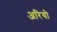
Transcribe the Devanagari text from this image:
अरियो